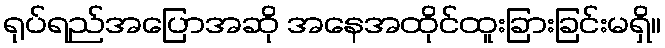
ရုပ်ရည်အပြောအဆို အနေအထိုင်ထူးခြားခြင်းမရှိ။